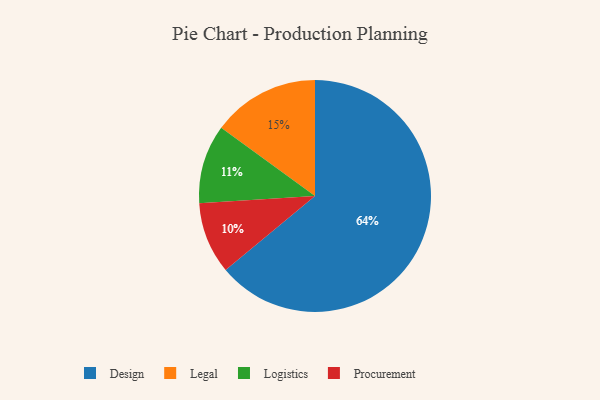
{"axis": {"x": "Category", "y": "Percentage"}, "legend": ["Design", "Legal", "Logistics", "Procurement"], "data": [{"x": "Logistics", "y": 11, "type": "Logistics"}, {"x": "Design", "y": 64, "type": "Design"}, {"x": "Procurement", "y": 10, "type": "Procurement"}, {"x": "Legal", "y": 15, "type": "Legal"}]}